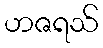
ဟဇရသ်